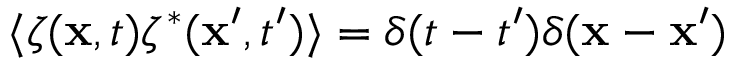
\langle \zeta ( { \bf x } , t ) \zeta ^ { * } ( { \bf x ^ { \prime } } , t ^ { \prime } ) \rangle = \delta ( t - t ^ { \prime } ) \delta ( { \bf x } - { \bf x ^ { \prime } } )